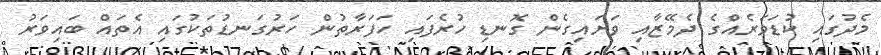
މެދުގައި ކުޑަވަރެއްގެ ދެމޭޒާއި ވަށައިގެން ގޮނޑި ހުރެފައި ހަފަރާތުން ހަރުގަނޑުތަކުގައި އެތައް ބައިވަރު